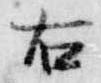
右